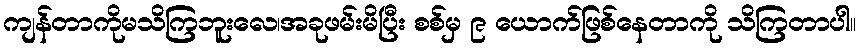
ကျန်တာကိုမသိကြဘူးလေ၊အခုဖမ်းမိပြီး စစ်မှ ၉ ယောက်ဖြစ်နေတာကို သိကြတာပါ။